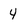
Character: 4